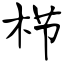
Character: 栉